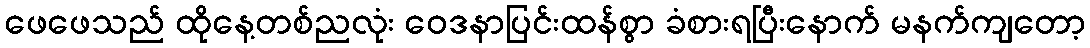
ဖေဖေသည် ထိုနေ့တစ်ညလုံး ဝေဒနာပြင်းထန်စွာ ခံစားရပြီးနောက် မနက်ကျတော့